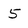
Character: 5